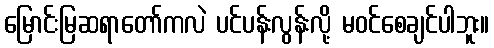
မြောင်းမြဆရာတော်ကလဲ ပင်ပန်းလွန်းလို့ မဝင်စေချင်ပါဘူး။